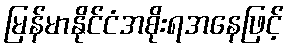
မြန်မာနိုင်ငံအစိုးရအနေဖြင့်